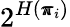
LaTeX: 2^{H(\pmb{\pi}_{i})}